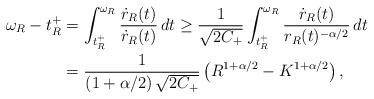
LaTeX: \begin{align*}\omega_R - t^+_R & = \int_{t^+_R}^{\omega_R} \frac{\dot r_R(t)}{\dot r_R(t)}\,dt \geq \frac{1}{\sqrt{2C_+}} \int_{t^+_R}^{\omega_R} \frac{\dot r_R(t)}{r_R(t)^{-\alpha/2}}\,dt \\& = \frac{1}{\left(1+\alpha/2 \right)\sqrt{2C_+}}\left(R^{1+\alpha/2} -K^{1+\alpha/2} \right),\end{align*}